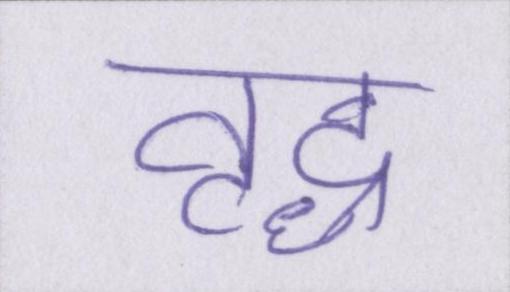
वृद्ध